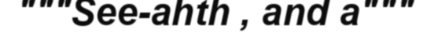
"""See-ahth , and a"""